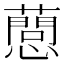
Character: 𢤘